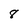
Character: 8